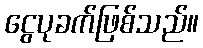
ငွေပုခက်ဖြစ်သည်။